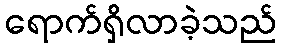
ရောက်ရှိလာခဲ့သည်